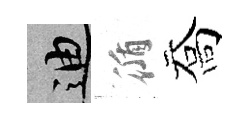
迪循喬